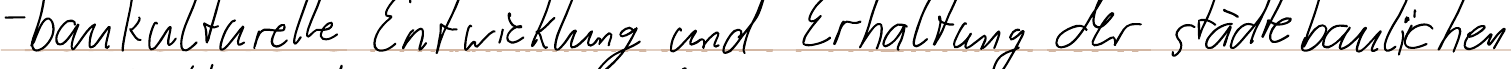
- baukulturelle Entwicklung und Erhaltung der städtebaulichen